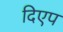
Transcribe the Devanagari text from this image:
दिएप